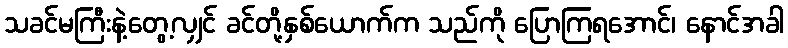
သခင်မကြီးနဲ့တွေ့လျှင် ခင်တို့နှစ်ယောက်က သည်ကို ပြောကြရအောင်၊ နောင်အခါ